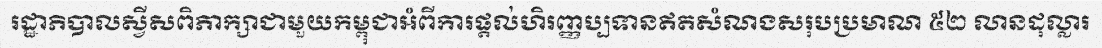
រដ្ឋាភិបាលស្វីសពិភាក្សាជាមួយកម្ពុជាអំពីការផ្តល់ហិរញ្ញប្បទានឥតសំណងសរុបប្រមាណ ៥២ លានដុល្លារ